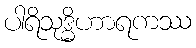
ပါရိသုဒ္ဓိဟာရကဿ